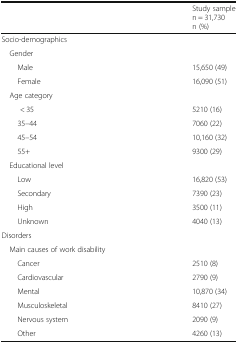
<table><thead><tr><td></td><td><b>Study sample n = 31,730n (%)</b></td></tr></thead><tbody><tr><td colspan="2">Socio-demographics</td></tr><tr><td colspan="2"> Gender</td></tr><tr><td>Male</td><td>15,650 (49)</td></tr><tr><td>Female</td><td>16,090 (51)</td></tr><tr><td colspan="2"> Age category</td></tr><tr><td>&lt; 35</td><td>5210 (16)</td></tr><tr><td>35–44</td><td>7060 (22)</td></tr><tr><td>45–54</td><td>10,160 (32)</td></tr><tr><td>55+</td><td>9300 (29)</td></tr><tr><td colspan="2"> Educational level</td></tr><tr><td>Low</td><td>16,820 (53)</td></tr><tr><td>Secondary</td><td>7390 (23)</td></tr><tr><td>High</td><td>3500 (11)</td></tr><tr><td>Unknown</td><td>4040 (13)</td></tr><tr><td colspan="2">Disorders</td></tr><tr><td colspan="2"> Main causes of work disability</td></tr><tr><td>Cancer</td><td>2510 (8)</td></tr><tr><td>Cardiovascular</td><td>2790 (9)</td></tr><tr><td>Mental</td><td>10,870 (34)</td></tr><tr><td>Musculoskeletal</td><td>8410 (27)</td></tr><tr><td>Nervous system</td><td>2090 (9)</td></tr><tr><td>Other</td><td>4260 (13)</td></tr></tbody></table>